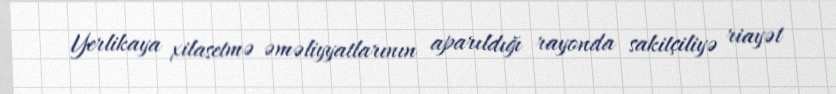
Yerlikaya xilasetmə əməliyyatlarının aparıldığı rayonda sakitçiliyə riayət